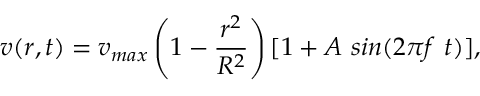
v ( r , t ) = v _ { m a x } \left( 1 - \frac { r ^ { 2 } } { R ^ { 2 } } \right) [ 1 + A \ s i n ( 2 \pi f \ t ) ] ,